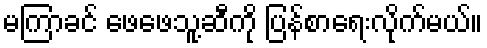
မကြာခင် ဖေဖေသူ့ဆီကို ပြန်စာရေးလိုက်မယ်။